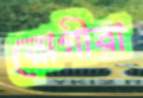
রোগীরা